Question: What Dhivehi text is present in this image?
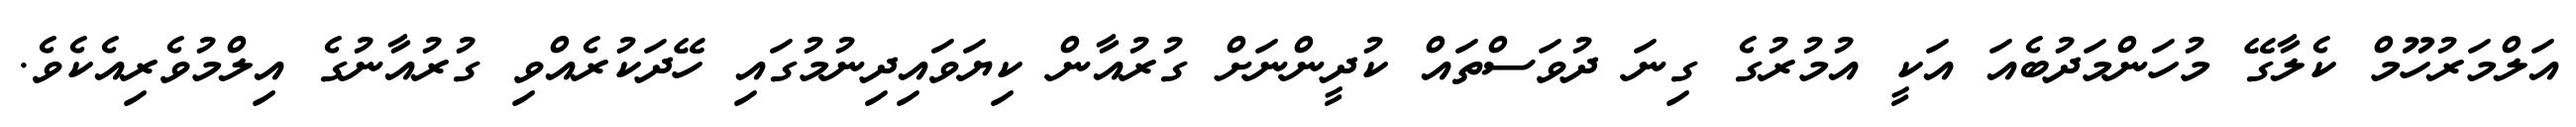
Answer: އަލްމަރުހޫމް ކެލާގޭ މުހަންމަދުބެއަ އަކީ އުމުރުގެ ގިނަ ދުވަސްތައް ކުދީންނަށް ގުރުއާން ކިޔަވައިދިނުމުގައި ހޭދަކުރެއްވި ގުރުއާނުގެ އިލްމުވެރިއެކެވެ.